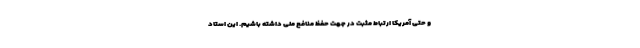
و حتی آمریکا ارتباط مثبت در جهت حفظ منافع ملی داشته باشیم. این استاد